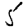
Digit: 5